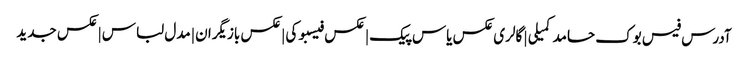
آدرس فیس بوک حامد کمیلی | گالری عکس یاس پیک | عکس فیسبوکی | عکس بازیگران | مدل لباس | عکس جدید